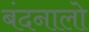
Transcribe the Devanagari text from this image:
बंदनालो